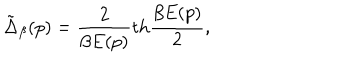
\tilde { \Delta } _ { \beta } ( p ) = { \frac { 2 } { \beta E ( p ) } } \mathrm { t h } { \frac { \beta E ( p ) } { 2 } } ,